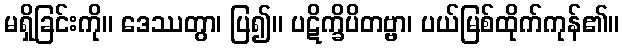
မရှိခြင်းကို။ ဒေဿတွာ၊ ပြ၍။ ပဋိက္ခိပိတဗ္ဗာ၊ ပယ်မြစ်ထိုက်ကုန်၏။